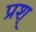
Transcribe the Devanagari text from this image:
प्रश्